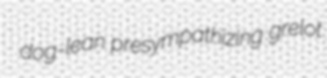
dog-lean presympathizing grelot